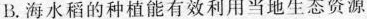
B. 海水稻的种植能有效利用当地生态资源